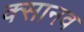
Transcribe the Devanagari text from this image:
क्सानव